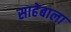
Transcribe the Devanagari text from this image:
साहेबाला